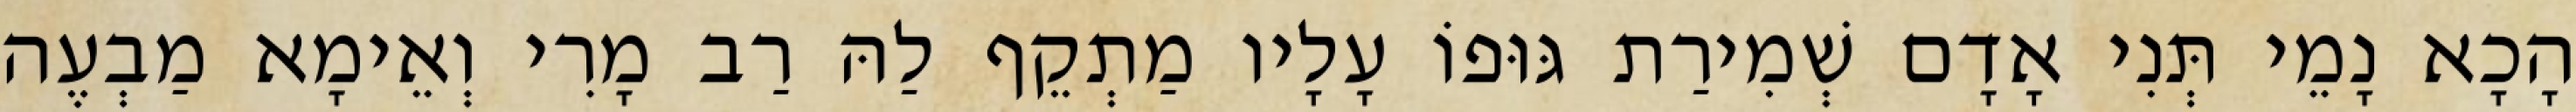
הָכָא נָמֵי תְּנִי אָדָם שְׁמִירַת גּוּפוֹ עָלָיו מַתְקֵף לַהּ רַב מָרִי וְאֵימָא מַבְעֶה